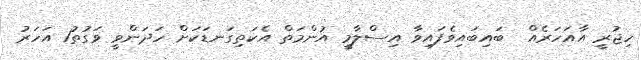
ހިޖުރީ އާއަހަރެއް  ބައިބައިވެފައިވާ އިސްލާމީ އުންމަތް އެކަތިގަނޑަކަށް ހަދަންވީ ވަގުތު1 އަހަރު